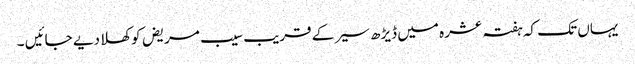
یہاں تک کہ ہفتہ عشرہ میں ڈیڑھ سیر کے قریب سیب مریض کو کھلا دیے جائیں ۔